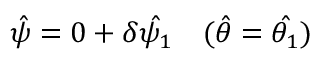
\hat { \psi } = 0 + \delta \hat { \psi _ { 1 } } \quad ( \hat { \theta } = \hat { \theta _ { 1 } } )